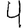
Digit: 4